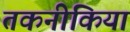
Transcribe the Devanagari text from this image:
तकनीकियां